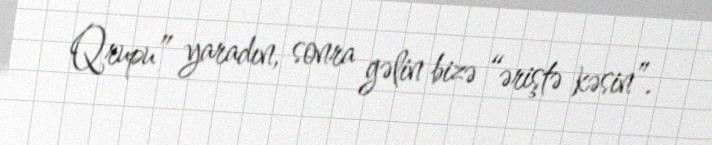
Qrupu” yaradın, sonra gəlin bizə “əriştə kəsin”.